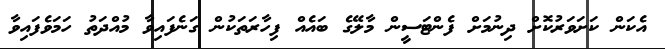
އެކަން ކަށަވަރުކޮށް ދިނުމަށް ފެންޓަސީން މާލޭގެ ބައެއް ފިހާރަތަކުން ގަނެފައިވާ މުއްދަތު ހަމަވެފައިވާ